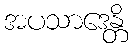
အပသာဒေန္တိ